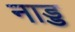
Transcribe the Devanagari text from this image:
नाड्ड